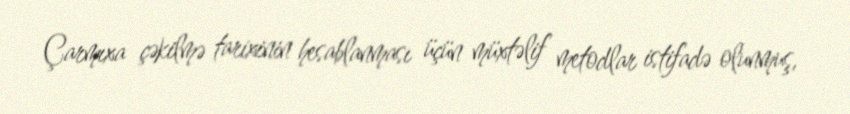
Çarmıxa çəkilmə tarixinin hesablanması üçün müxtəlif metodlar istifadə olunmuş,